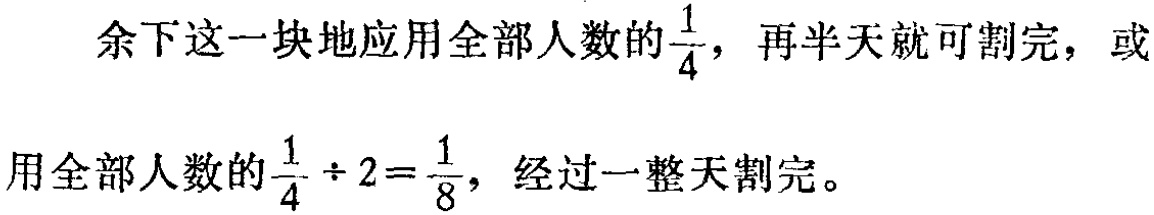
余下这一块地应用全部人数的$\frac{1}{4}$，再半天就可割完，或用全部人数的$\frac{1}{4} \div 2=\frac{1}{8}$，经过一整天割完。